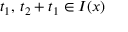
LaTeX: \, t _ { 1 } , \, t _ { 2 } + t _ { 1 } \in I ( x )